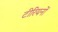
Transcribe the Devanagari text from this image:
टीरियनों